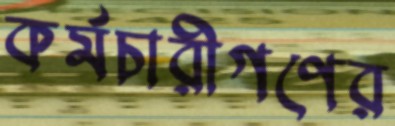
কর্মচারীগণের